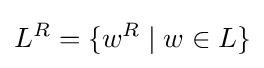
L^{R}=\{w^{R}\mid w\in L\}